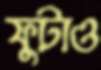
ফুটাও